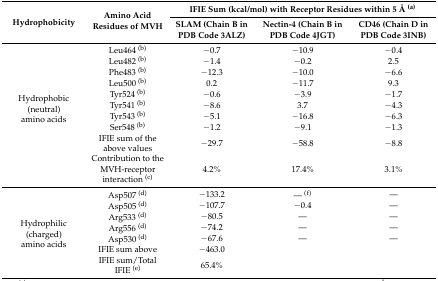
<table><thead><tr><td rowspan="2"><b>Hydrophobicity</b></td><td rowspan="2"><b>Amino Acid Residues of MVH</b></td><td colspan="3"><b>IFIE Sum (kcal/mol) with Receptor Residues within 5 Å <sup>(a)</sup></b></td></tr><tr><td><b>SLAM (Chain B in PDB Code 3ALZ)</b></td><td><b>Nectin-4 (Chain B in PDB Code 4JGT)</b></td><td><b>CD46 (Chain D in PDB Code 3INB)</b></td></tr></thead><tbody><tr><td rowspan="10">Hydrophobic (neutral) amino acids</td><td>Leu464 <sup>(b)</sup></td><td>−0.7</td><td>−10.9</td><td>−0.4</td></tr><tr><td>Leu482 <sup>(b)</sup></td><td>−1.4</td><td>−0.2</td><td>2.5</td></tr><tr><td>Phe483 <sup>(b)</sup></td><td>−12.3</td><td>−10.0</td><td>−6.6</td></tr><tr><td>Leu500 <sup>(b)</sup></td><td>0.2</td><td>−11.7</td><td>9.3</td></tr><tr><td>Tyr524 <sup>(b)</sup></td><td>−0.6</td><td>−3.9</td><td>−1.7</td></tr><tr><td>Tyr541 <sup>(b)</sup></td><td>−8.6</td><td>3.7</td><td>−4.3</td></tr><tr><td>Tyr543 <sup>(b)</sup></td><td>−5.1</td><td>−16.8</td><td>−6.3</td></tr><tr><td>Ser548 <sup>(b)</sup></td><td>−1.2</td><td>−9.1</td><td>−1.3</td></tr><tr><td>IFIE sum of the above values</td><td>−29.7</td><td>−58.8</td><td>−8.8</td></tr><tr><td>Contribution to the MVH-receptor interaction <sup>(c)</sup></td><td>4.2%</td><td>17.4%</td><td>3.1%</td></tr><tr><td rowspan="7">Hydrophilic (charged) amino acids</td><td>Asp507 <sup>(d)</sup></td><td>−133.2</td><td>— <sup>(</sup><sup>f)</sup></td><td>—</td></tr><tr><td>Asp505 <sup>(d)</sup></td><td>−107.7</td><td>−0.4</td><td>—</td></tr><tr><td>Arg533 <sup>(d)</sup></td><td>−80.5</td><td>—</td><td>—</td></tr><tr><td>Arg556 <sup>(d)</sup></td><td>−74.2</td><td>—</td><td>—</td></tr><tr><td>Asp530 <sup>(d)</sup></td><td>−67.6</td><td>—</td><td>—</td></tr><tr><td>IFIE sum above</td><td>−463.0</td><td></td><td></td></tr><tr><td>IFIE sum/Total IFIE <sup>(e)</sup></td><td>65.4%</td><td></td><td></td></tr></tbody></table>